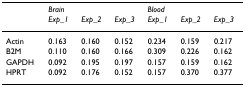
<table><thead><tr><td></td><td colspan="3"><b><i>Brain</i></b></td><td colspan="3"><b><i>Blood</i></b></td></tr><tr><td></td><td><b><i>Exp_1</i></b></td><td><b><i>Exp_2</i></b></td><td><b><i>Exp_3</i></b></td><td><b><i>Exp_1</i></b></td><td><b><i>Exp_2</i></b></td><td><b><i>Exp_3</i></b></td></tr></thead><tbody><tr><td>Actin</td><td>0.163</td><td>0.160</td><td>0.152</td><td>0.234</td><td>0.159</td><td>0.217</td></tr><tr><td>B2M</td><td>0.110</td><td>0.160</td><td>0.166</td><td>0.309</td><td>0.226</td><td>0.162</td></tr><tr><td>GAPDH</td><td>0.092</td><td>0.195</td><td>0.197</td><td>0.157</td><td>0.159</td><td>0.162</td></tr><tr><td>HPRT</td><td>0.092</td><td>0.176</td><td>0.152</td><td>0.157</td><td>0.370</td><td>0.377</td></tr></tbody></table>